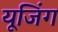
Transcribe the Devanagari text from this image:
यूजिंग